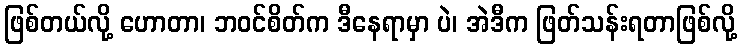
ဖြစ်တယ်လို့ ဟောတာ၊ ဘဝင်စိတ်က ဒီနေရာမှာ ပဲ၊ အဲဒီက ဖြတ်သန်းရတာဖြစ်လို့